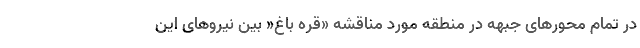
در تمام محورهای جبهه در منطقه مورد مناقشه «قره باغ« بین نیروهای این